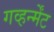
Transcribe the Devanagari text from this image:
गव्हर्न्मेंट